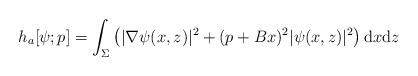
LaTeX: \begin{align*} h_a[\psi;p] = \int_\Sigma \big( |\nabla\psi(x,z)|^2 +(p+Bx)^2 |\psi(x,z)|^2\big)\,\mathrm{d}x \mathrm{d}z\end{align*}